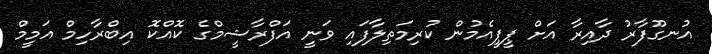
އުނގޫފާރު ދާއިރާ އަށް ޕީޕީއެމުން ކުރިމަތިލާފައި ވަނީ އަފްރާޝީމްގެ ކޮއްކޮ އިބްރާހިމް އަމީމް